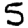
Digit: 5